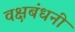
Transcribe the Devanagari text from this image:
वक्षबंधनी